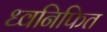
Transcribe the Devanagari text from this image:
ध्वनिफित